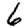
Digit: 6